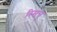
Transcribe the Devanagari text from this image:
रिसचृ